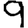
Digit: 9